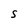
Character: S